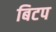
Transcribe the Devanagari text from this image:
बिटप